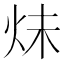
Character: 𪸙